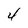
Character: 4